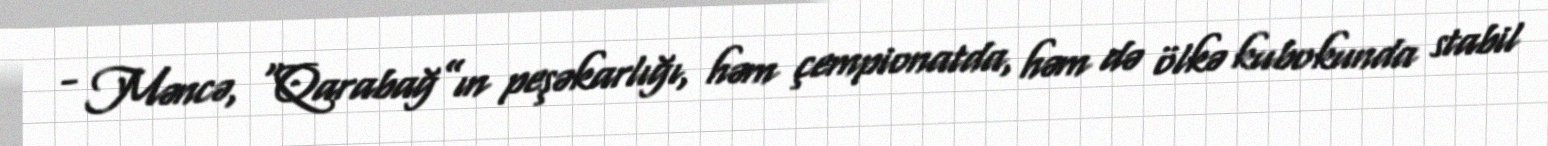
- Məncə, “Qarabağ”ın peşəkarlığı, həm çempionatda, həm də ölkə kubokunda stabil